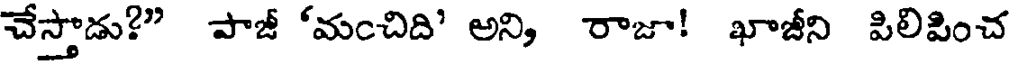
చేస్తాడు?" పాజీ 'మంచిది' అని, రాజా! ఖాజీని పిలిపించ